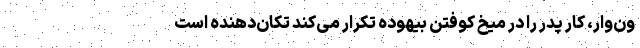
ون‌وار، کار پدر را در میخ کوفتن بیهوده تکرار می‌کند تکان‌دهنده است